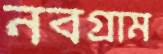
নবগ্রাম